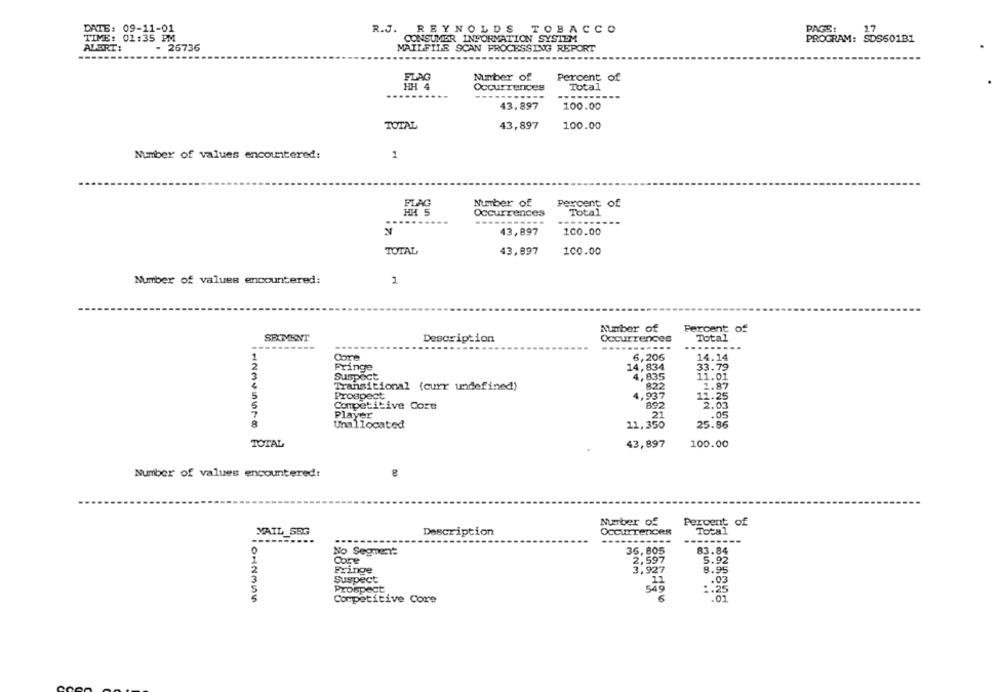
DATE: 09-11-01
PAGE!
17
R.J. REYNOLDS TOBACCO
TIME: 01:35 PM
CONSUMER INFORMATION SYSTEM
PROGRAM: SDS601B1
ALERT:
- 26736
MAILFILE SCAN PROCESSING REPORT
Percent of
FLAG
Number of
Occurrences
Total
.........
43,897
100.00
43,897
100.00
TOTAL
Number of values encountered:
1
FLAG
Number of
Percent of
HH 5
Occurrences
Total
-----
43,897
100.00
TOTAL
43,897
100.00
Number of values encountered:
2
Number of
Percent of
SEAVENT
Description
Occurrences
Total
----------
Core
6,206
14.14
Fringe
14,834
33.79
Suspect
4,835
11.01
Transitional (curr undefined)
822
1.87
Prospect
4,937
11.25
Competitive Core
892
2.03
Player
21
.05
Unallocated
11,350
25.86
TOTAL
43,897
100.00
Number of values encountered:
Number of
Percent of
MAIL SSG
Description
Occurrences
Total
-----
------
------
No Segment
36,805
83.84
Core
2,597
5.92
Fringe
8.95
Suspect
Prospect
540
.03
:. 25
1012355
Competitive Core
.01